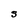
Character: S